Lunatic asylums Punjab 1911-1921 - 1911-1921
Year: 1911
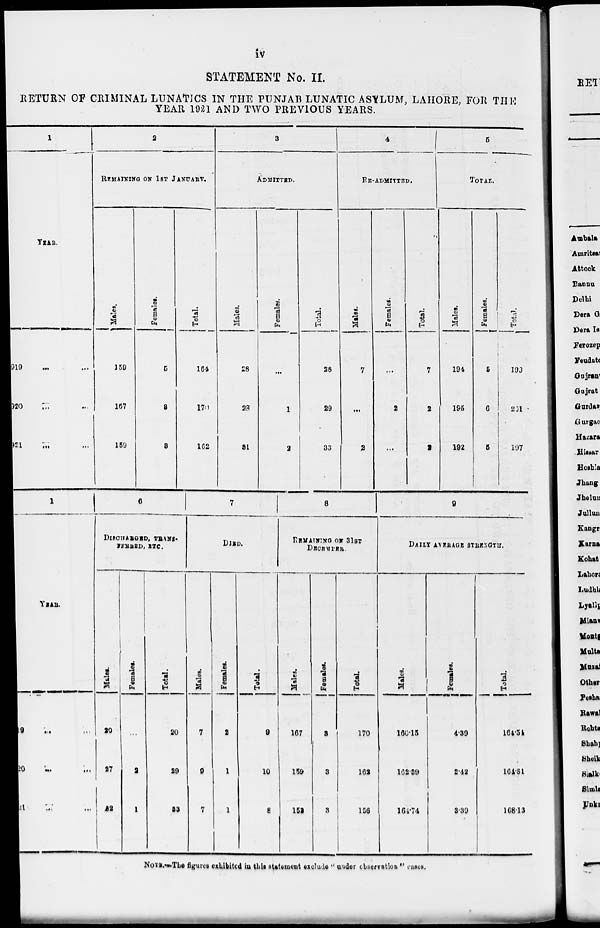
iv
STATEMENT No. II.
RETURN OF CRIMINAL LUNATICS IN THE PUNJAB LUNATIC ASYLUM, LAHORE, FOR THE
YEAR 1921 AND TWO PREVIOUS YEARS.
1
YEAR.
1919 ... ...
1920 ... ...
1921 ... ...
1
YEAR.
1919 ... ...
1920 ... ...
1921 ... ...
2
REMAINING ON 1ST JANUARY.
Males.
159
167
159
Females.
5
8
3
6
DISCHARGED, TRANS-
FERRED, ETC.
Males.
20
27
32
Females.
...
2
1
Total.
20
29
33
Total.
164
175
162
3
ADMITTED.
Males.
28
28
31
7
DIED.
Males.
7
9
7
Females.
2
1
1
Total.
9
10
8
Females.
...
1
2
Total.
28
29
33
4
RE-ADMITTED.
Males.
7
...
2
8
REMAINING ON 31ST
DECEMBER.
Males.
167
159
153
Females.
3
3
3
Total.
170
162
156
Females.
...
2
...
Total.
7
2
2
5
TOTAL.
Males.
194
195
192
Females.
5
6
5
Total.
199
201
197
9
DAILY AVERAGE STRENGTH.
Males.
160.15
162.39
164.74
Females.
4.39
2.42
3.39
Total.
164.54
164.81
168.13
NOTE.—The figures exhibited in this statement exclude " under observation " cases.